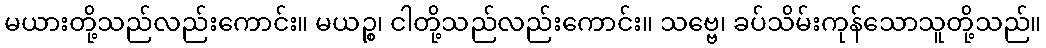
မယားတို့သည်လည်းကောင်း။ မယဉ္စ၊ ငါတို့သည်လည်းကောင်း။ သဗ္ဗေ၊ ခပ်သိမ်းကုန်သောသူတို့သည်။